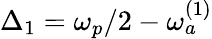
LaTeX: \Delta_{1}=\omega_{p}/2-\omega_{a}^{(1)}